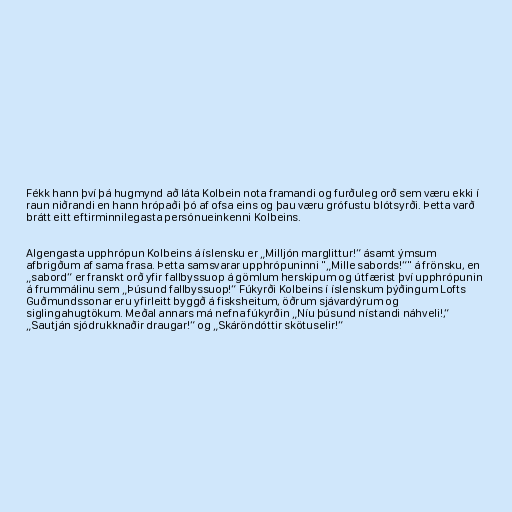
Fékk hann því þá hugmynd að láta Kolbein nota framandi og furðuleg orð sem væru ekki í
raun niðrandi en hann hrópaði þó af ofsa eins og þau væru grófustu blótsyrði. Þetta varð
brátt eitt eftirminnilegasta persónueinkenni Kolbeins.

Algengasta upphrópun Kolbeins á íslensku er „Milljón marglittur!“ ásamt ýmsum
afbrigðum af sama frasa. Þetta samsvarar upphrópuninni "„Mille sabords!“" á frönsku, en
„sabord“ er franskt orð yfir fallbyssuop á gömlum herskipum og útfærist því upphrópunin
á frummálinu sem „Þúsund fallbyssuop!“ Fúkyrði Kolbeins í íslenskum þýðingum Lofts
Guðmundssonar eru yfirleitt byggð á fisksheitum, öðrum sjávardýrum og
siglingahugtökum. Meðal annars má nefna fúkyrðin „Níu þúsund nístandi náhveli!,“
„Sautján sjódrukknaðir draugar!“ og „Skáröndóttir skötuselir!“